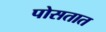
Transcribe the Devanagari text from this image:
पोसतात